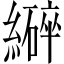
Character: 𫄆